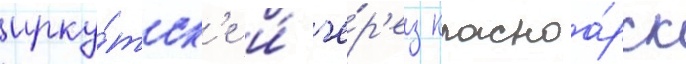
ирку́тск'е и́ че́р'ез красноа́рск